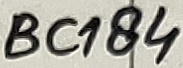
Text: BC184